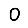
Digit: 0